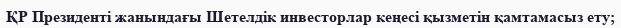
ҚР Президенті жанындағы Шетелдік инвесторлар кеңесі қызметін қамтамасыз ету;